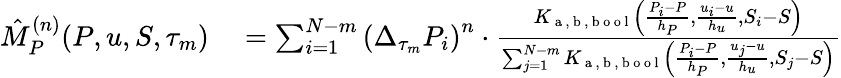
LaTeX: \begin{array}{rl}{\hat{M}_{P}^{(n)}(P,u,S,\tau_{m})}&{{}=\sum_{i=1}^{N-m}\left(\Delta_{\tau_{m}}P_{i}\right)^{n}\cdot\frac{K_{\mathrm{~a~},\mathrm{~b~},\mathrm{~b~o~o~l~}}\left(\frac{P_{i}-P}{h_{P}},\frac{u_{i}-u}{h_{u}},S_{i}-S\right)}{\sum_{j=1}^{N-m}K_{\mathrm{~a~},\mathrm{~b~},\mathrm{~b~o~o~l~}}\left(\frac{P_{i}-P}{h_{P}},\frac{u_{j}-u}{h_{u}},S_{j}-S\right)}}\end{array}